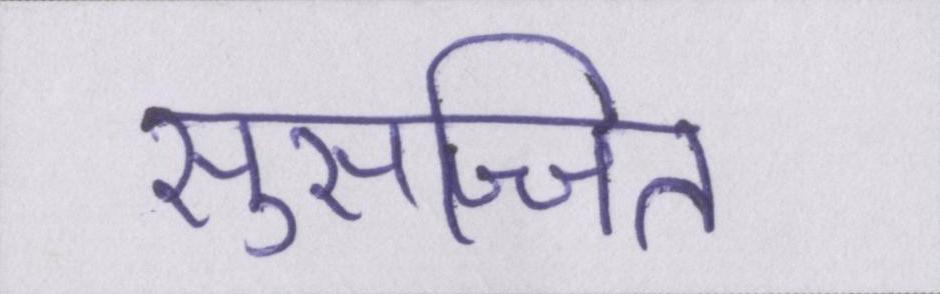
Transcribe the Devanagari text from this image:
सुसज्जित